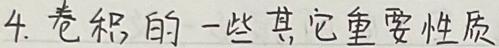
4. 卷积的一些其它重要性质